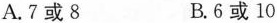
A.7或8 B.6或10